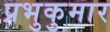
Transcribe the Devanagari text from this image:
प्रभुकुमार